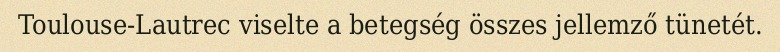
Toulouse-Lautrec viselte a betegség összes jellemző tünetét.